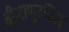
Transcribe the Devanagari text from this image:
बीजाणुउद्भिद्